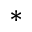
^ \ast